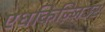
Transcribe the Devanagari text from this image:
एधकिज़्ज़िउर